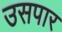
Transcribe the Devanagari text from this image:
उसपार